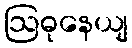
ဩဓုနေယျ